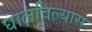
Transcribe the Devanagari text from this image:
घालविल्यास